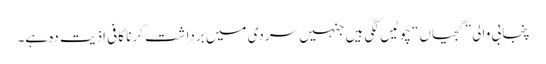
پنجابی والی ”گجیاں“ چوٹیں لگی ہیں جنہیں سردی میں برداشت کرنا کافی اذیت دہ ہے۔